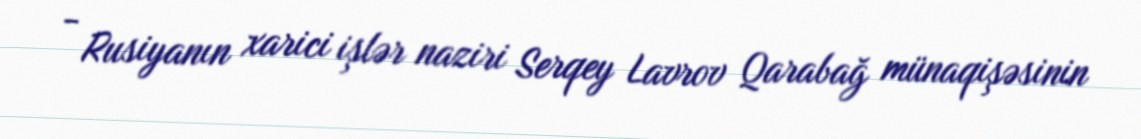
- Rusiyanın xarici işlər naziri Serqey Lavrov Qarabağ münaqişəsinin